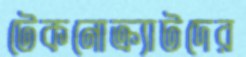
টেকনোক্র্যাটদের